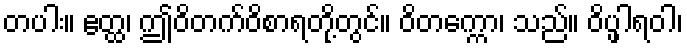
တပါး။ ဧတ္ထ၊ ဤဝိတက်ဝိစာရတို့တွင်။ ဝိတက္ကော၊ သည်။ ဝိပ္ဖါရဝါ၊